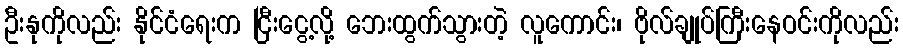
ဦးနုကိုလည်း နိုင်ငံရေးက ငြီးငွေ့လို့ ဘေးထွက်သွားတဲ့ လူကောင်း၊ ဗိုလ်ချုပ်ကြီးနေဝင်းကိုလည်း